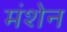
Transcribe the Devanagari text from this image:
मंशेन